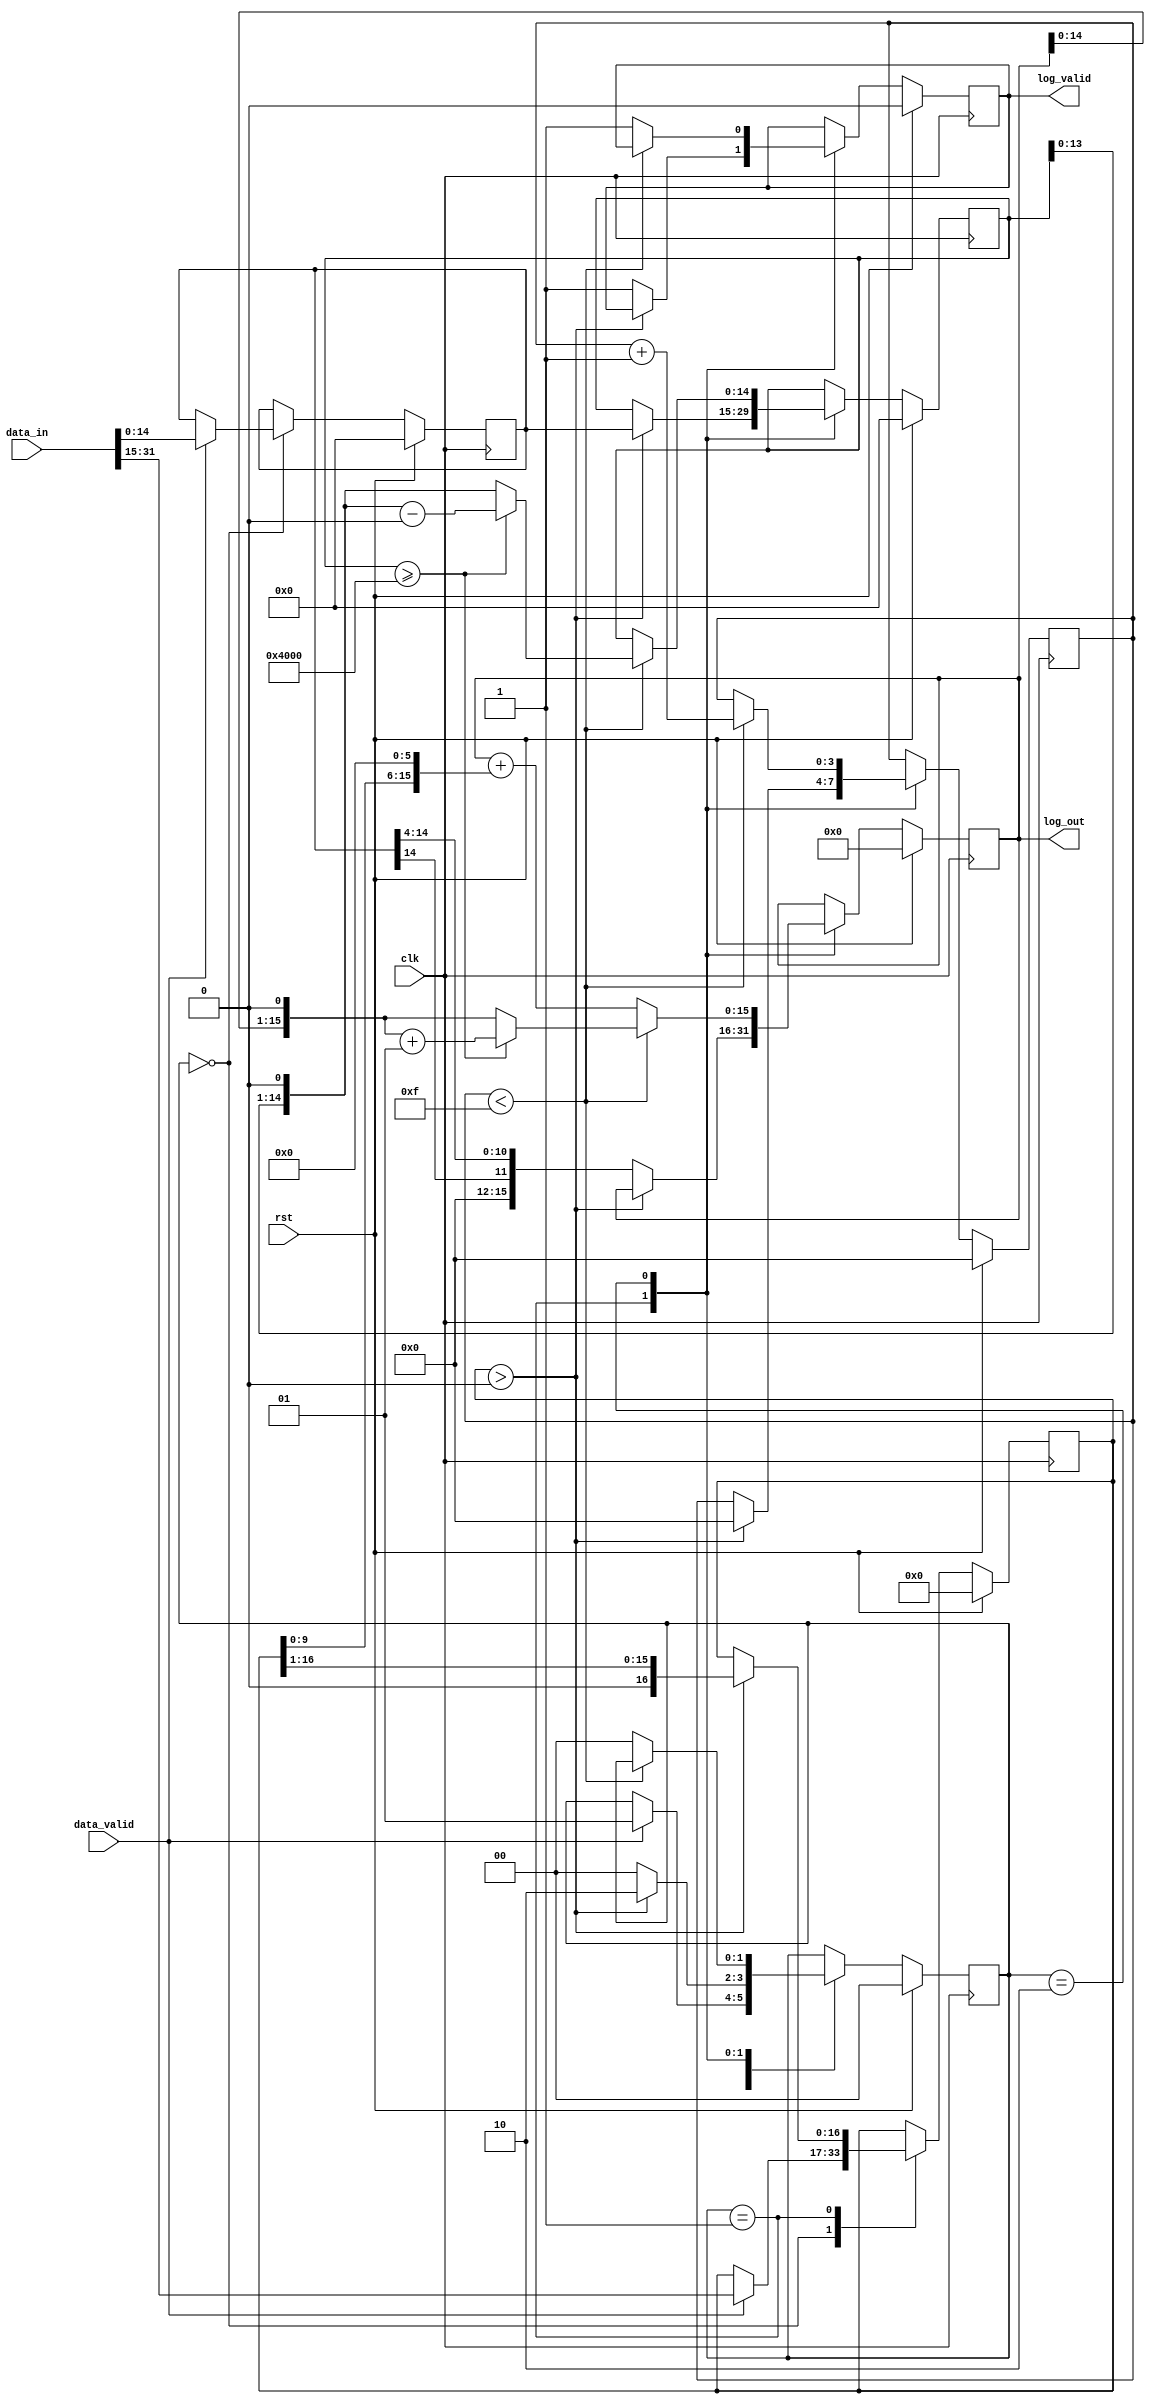
module log_module #(
    parameter Q_M = 15, // Number of fractional bits for Mel filter coefficients
    parameter Q_L = 11 // Number of fractional bits for logarithm output
) (
    input wire clk,
    input wire rst,
    input wire signed [31:0] data_in, // INT32 Q30
    input wire data_valid,
    output reg signed [15:0] log_out, // INT16 Q11
    output reg log_valid
);

localparam INT_BITS = 32 - Q_M;
localparam FRAC_BITS = Q_M;

reg signed [INT_BITS-1:0] int_part; // INT20 Q0
reg signed [FRAC_BITS-1:0] frac_part; // INT15 Q15
reg signed [FRAC_BITS-1:0] frac_part_shifted; // INT15 Q15
reg [$clog2(FRAC_BITS)-1:0] shift_count;
reg [1:0] state;

always @(posedge clk) begin
    if (rst) begin
        int_part <= 0;
        frac_part <= 0;
        frac_part_shifted <= 0;
        shift_count <= 0;
        log_out <= 0;
        log_valid <= 0;
        state <= 0;
    end else begin
        case (state)
            0: begin
                if (data_valid) begin
                    int_part <= data_in[31:FRAC_BITS];
                    frac_part <= data_in[FRAC_BITS-1:0];
                    state <= 1;
                end
            end
            1: begin
                if (int_part > 0) begin
                    int_part <= int_part >> 1;
                    frac_part_shifted <= frac_part;
                    shift_count <= 0;
                    state <= 2;
                end else begin
                    log_out <= {{1{frac_part[FRAC_BITS-1]}}, frac_part} >> (FRAC_BITS - Q_L);
                    log_valid <= 1;
                    state <= 0;
                end
            end
            2: begin
                if (shift_count < FRAC_BITS) begin
                    if (frac_part_shifted >= (1 << (FRAC_BITS - 1))) begin
                        frac_part_shifted <= (frac_part_shifted << 1) - (1 << FRAC_BITS);
                        log_out <= (log_out << 1) + 1;
                    end else begin
                        frac_part_shifted <= frac_part_shifted << 1;
                        log_out <= log_out << 1;
                    end
                    shift_count <= shift_count + 1;
                end else begin
                    log_out <= log_out[15:0] + (int_part << (Q_L - $clog2(INT_BITS)));
                    log_valid <= 1;
                    state <= 0;
                end
            end
        endcase
    end
end

endmodule